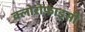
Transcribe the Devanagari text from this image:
क्लोरोफाइसी